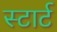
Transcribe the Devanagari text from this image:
स्‍टार्ट